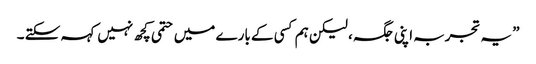
” یہ تجربہ اپنی جگہ ، لیکن ہم کسی کے بارے میں حتمی کچھ نہیں کہہ سکتے ۔